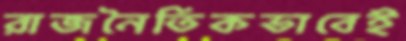
রাজনৈতিকভাবেই